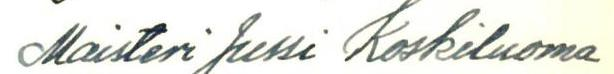
Maisteri Jussi Koskiluoma